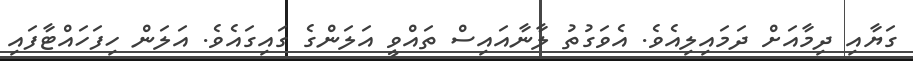
ގަޔާއި ދިމާއަށް ދަމައިލިއެވެ. އެވަގުތު ލާނާއައިސް ތައްވީ އަލަންގެ ގައިގައެވެ. އަލަން ހިފަހައްޓާފައި